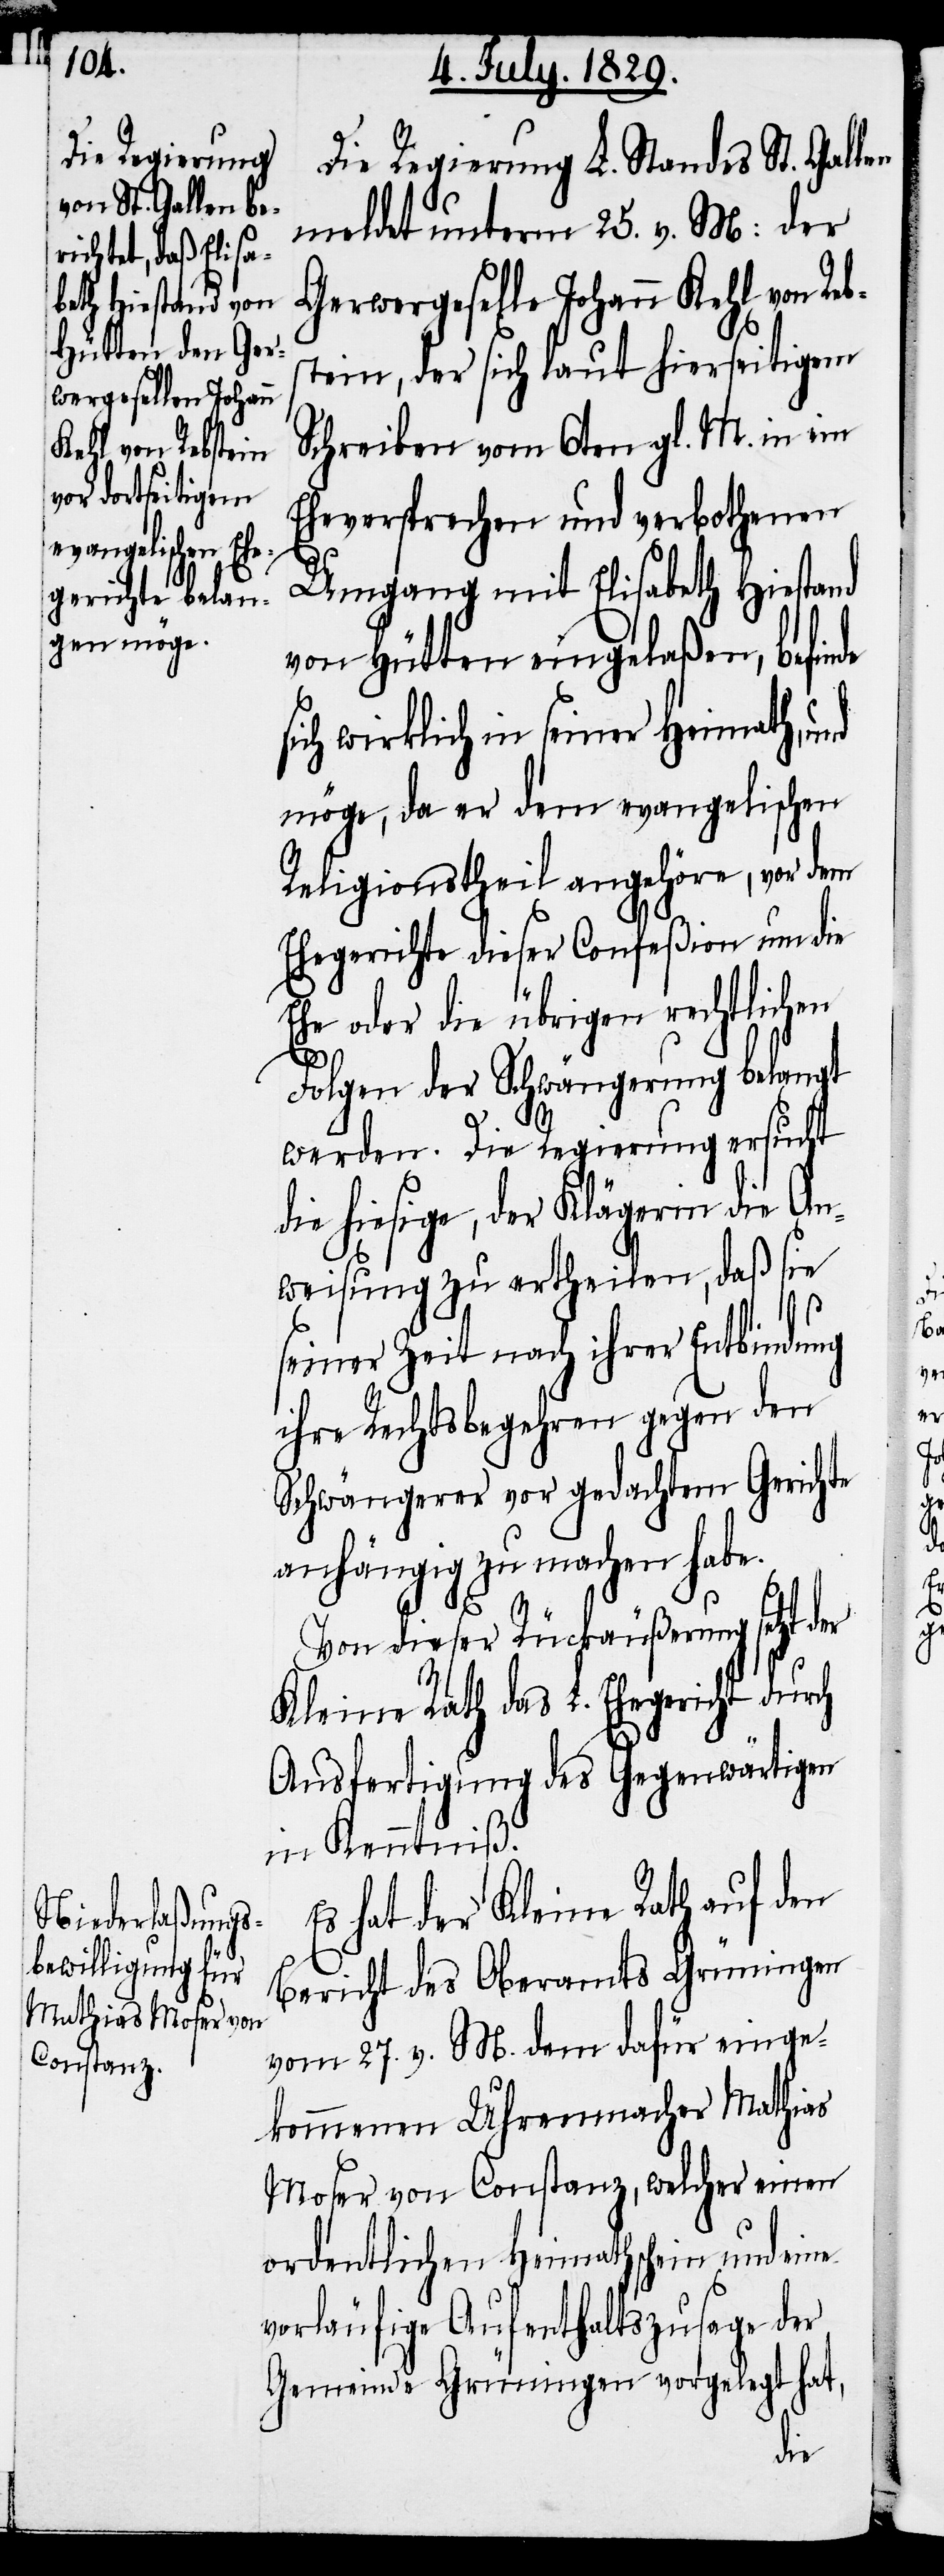
Die Regierung L. Standes St. Gallen
meldet unterm 25. v. M: der
Gerwergeselle Johann Kehl von Reb¬
stein, der sich laut hierseitigem
Schreiben vom 6ten gl. M. in ein
Eheversprechen und verbothenen
Umgang mit Elisabeth Hiestand
von Hütten eingelaßen, befinde
ich wirklich in seiner Heimath, und
möge, da er dem evangelischen
Religionstheil angehöre, vor dem
Ehegerichte dieser Confeßion um die
Ehe oder die übrigen rechtlichen
Folgen der Schwängerung belangt
s¬
werden. Die Regierung ersucht
die hiesige, der Klägerin die An¬
weisung zu ertheilen, daß sie
seiner Zeit nach ihrer Entbindung
ihre Rechtsbegehren gegen den
Schwängerer vor gedachtem Gerichte
anhängig zu machen habe.
Von dieser Rückäußerung setzt
Kleine Rath das L. Ehegericht durch
Ausfertigung des Gegenwärtigen
in Kenntniß.
Es hat der Kleine Rath auf den
Bericht des Oberamts Grüningen
vom 27. v. M. dem dafür einge¬
kommenen Uhrenmacher Mathias
Moser von Constanz, welcher einen
ordentlichen Heimathschein und eine
vorläufige Aufenthaltszusage der
Gemeinde Grüningen vorgelegt hat,